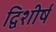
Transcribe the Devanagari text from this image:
द्विशीर्ष